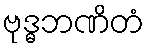
ဗုဒ္ဓဘဏိတံ